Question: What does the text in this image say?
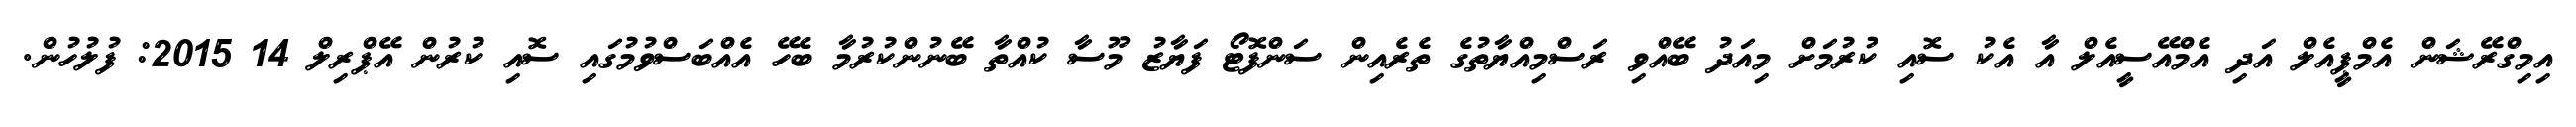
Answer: އިމިގްރޭޝަން އެމްޕީއެލް އަދި އެމްއޭސީއެލް އާ އެކު ސޮއި ކުރުމަށް މިއަދު ބޭއްވި ރަސްމިއްޔާތުގެ ތެރެއިން ސަންފޮޓޯ ފަޔާޒު މޫސާ ކުއްތާ ބޭނުންކުރުމާ ބެހޭ އެއްބަސްވުމުގައި ސޮއި ކުރުން އޭޕްރިލް 14 2015: ފުލުހުން.